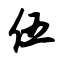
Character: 伍